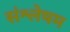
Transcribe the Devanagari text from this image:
संश्लेषम